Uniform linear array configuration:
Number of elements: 16
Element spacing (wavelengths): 0.5
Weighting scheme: exponential
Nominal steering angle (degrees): -60
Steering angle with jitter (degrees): -60.009
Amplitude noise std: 0.05
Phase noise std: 0.05

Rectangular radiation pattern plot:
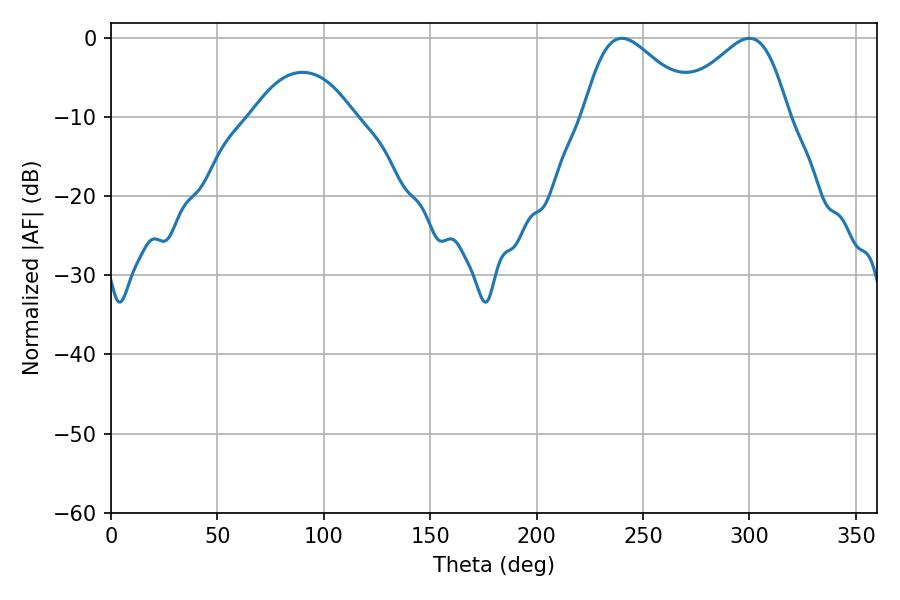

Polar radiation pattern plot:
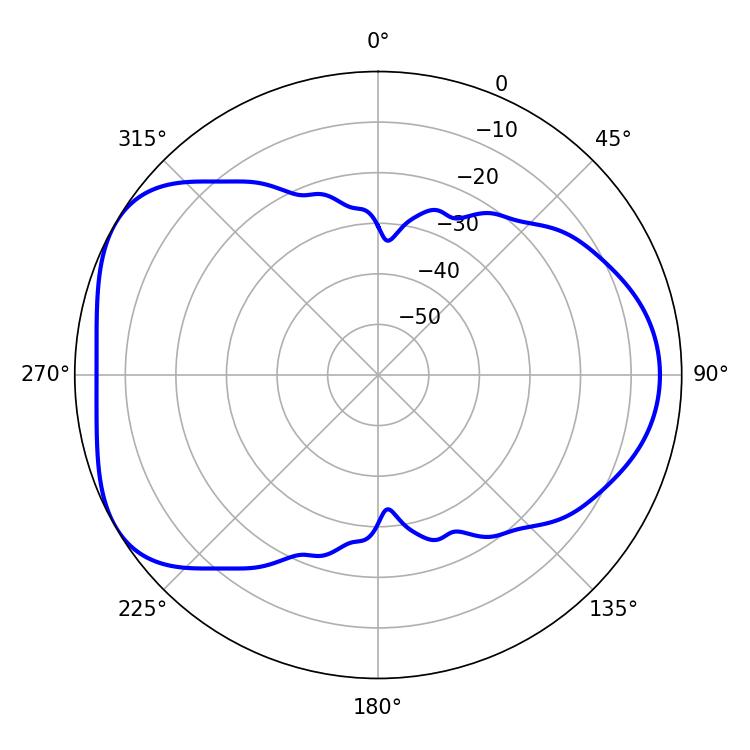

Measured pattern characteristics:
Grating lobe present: FALSE
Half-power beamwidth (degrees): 27.9
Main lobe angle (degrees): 299.88